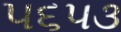
૫૬૫૩